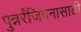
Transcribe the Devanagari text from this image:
पुन्नर्रंजिवनासाठी